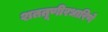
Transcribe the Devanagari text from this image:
शततूणीरधारिणे